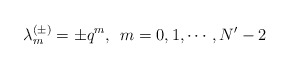
\begin{align*}\lambda^{(\pm)}_m = \pm q^m , \; \, m= 0,1,\cdots, N'-2\end{align*}